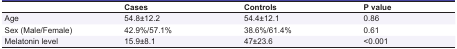
<table><thead><tr><td></td><td><b>Cases</b></td><td><b>Controls</b></td><td><b>P value</b></td></tr></thead><tbody><tr><td> Age </td><td> 54.8±12.2 </td><td> 54.4±12.1 </td><td> 0.86 </td></tr><tr><td> Sex (Male/Female) </td><td> 42.9%/57.1% </td><td> 38.6%/61.4% </td><td> 0.61 </td></tr><tr><td> Melatonin level </td><td> 15.9±8.1 </td><td> 47±23.6 </td><td> &lt;0.001 </td></tr></tbody></table>